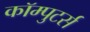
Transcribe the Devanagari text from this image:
कॉम्पुटर्स